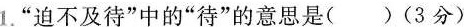
1.”迫不及待”中的”待”的意思是()(3分)